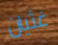
غثيان